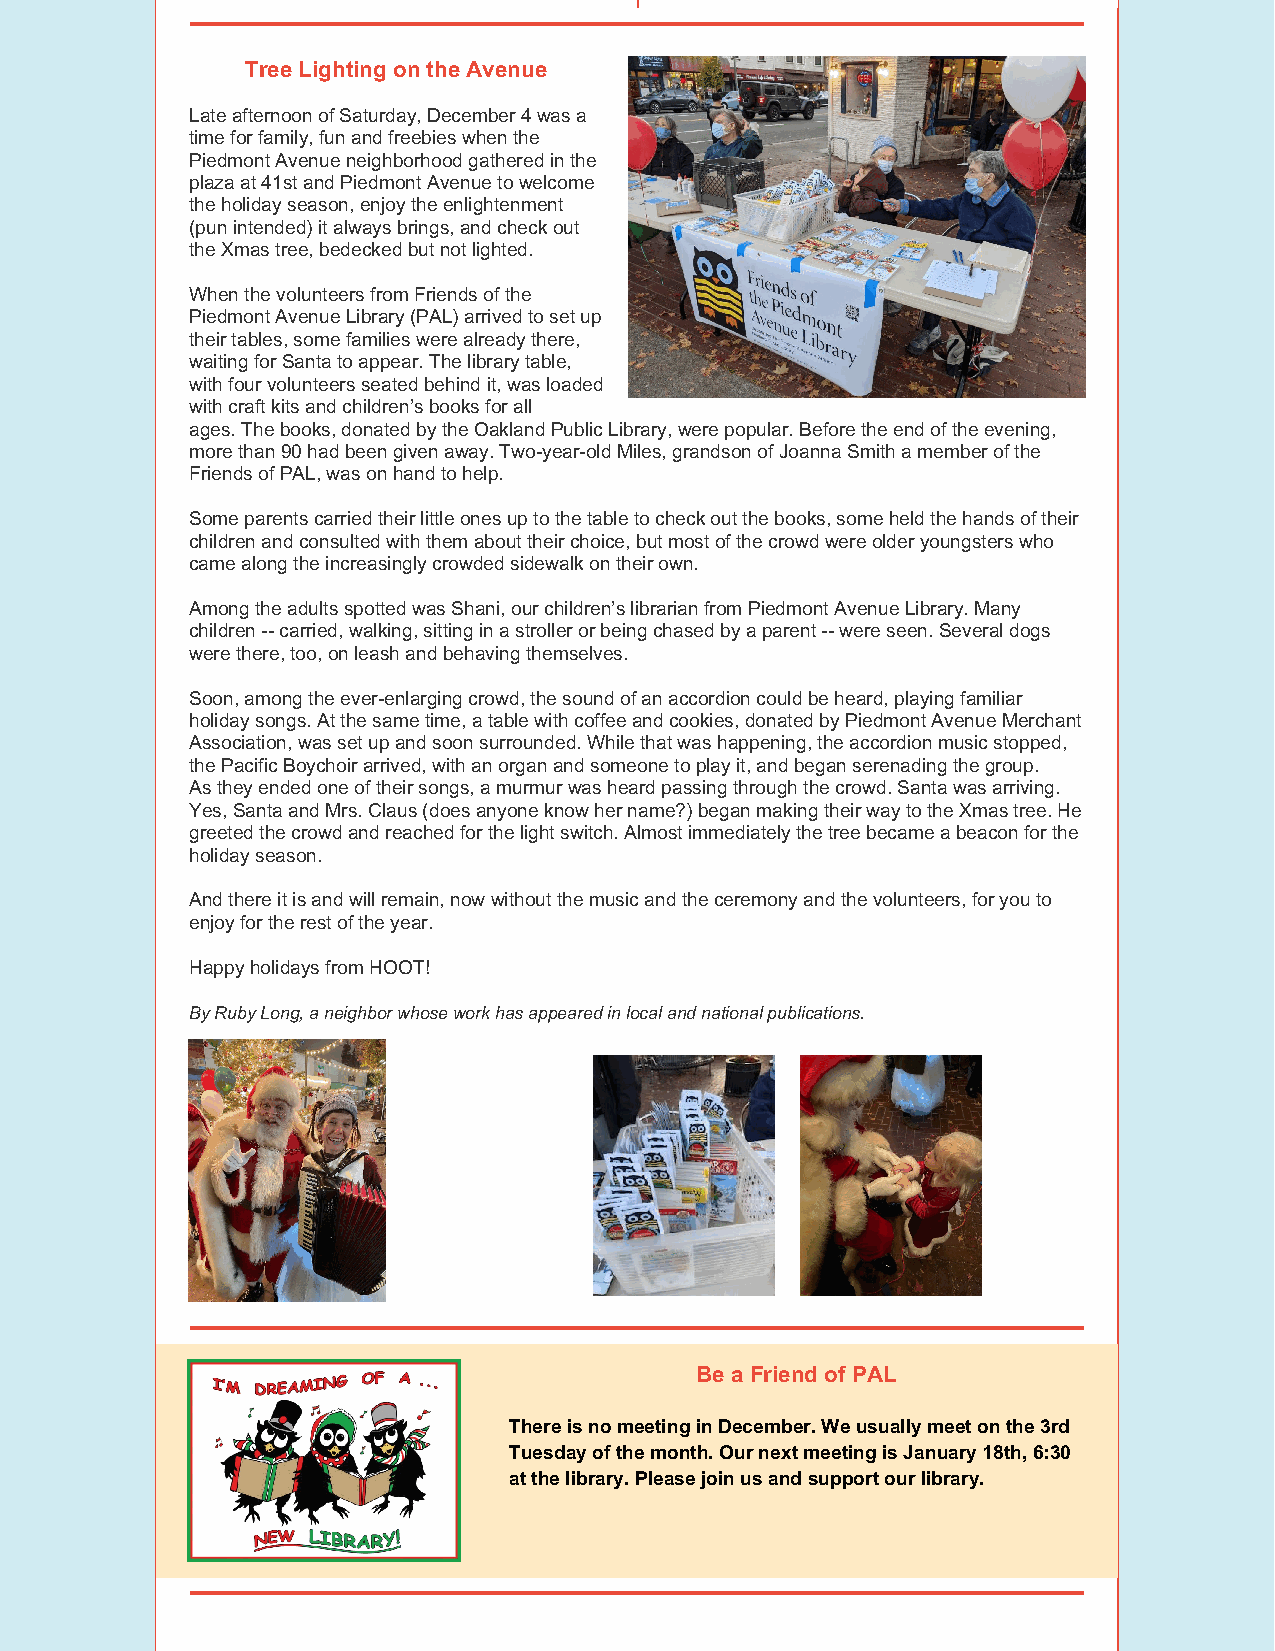
Tree Lighting on the Avenue
 Late afternoon of Saturday, December 4 was a
 time for family, fun and freebies when the
 Piedmont Avenue neighborhood gathered in the
 plaza at 41st and Piedmont Avenue to welcome
 the holiday season, enjoy the enlightenment
 (pun intended) it always brings, and check out
 the Xmas tree, bedecked but not lighted.
 When the volunteers from Friends of the
 Piedmont Avenue Library (PAL) arrived to set up
 their tables, some families were already there,
 waiting for Santa to appear. The library table,
 with four volunteers seated behind it, was loaded
 with craft kits and children’s books for all
 ages. The books, donated by the Oakland Public Library, were popular. Before the end of the evening,
 more than 90 had been given away. Two-year-old Miles, grandson of Joanna Smith a member of the
 Friends of PAL, was on hand to help.
 Some parents carried their little ones up to the table to check out the books, some held the hands of their
 children and consulted with them about their choice, but most of the crowd were older youngsters who
 came along the increasingly crowded sidewalk on their own.
 Among the adults spotted was Shani, our children’s librarian from Piedmont Avenue Library. Many
 children -- carried, walking, sitting in a stroller or being chased by a parent -- were seen. Several dogs
 were there, too, on leash and behaving themselves.
 Soon, among the ever-enlarging crowd, the sound of an accordion could be heard, playing familiar
 holiday songs. At the same time, a table with coffee and cookies, donated by Piedmont Avenue Merchant
 Association, was set up and soon surrounded. While that was happening, the accordion music stopped,
 the Pacific Boychoir arrived, with an organ and someone to play it, and began serenading the group.
 As they ended one of their songs, a murmur was heard passing through the crowd. Santa was arriving.
 Yes, Santa and Mrs. Claus (does anyone know her name?) began making their way to the Xmas tree. He
 greeted the crowd and reached for the light switch. Almost immediately the tree became a beacon for the
 holiday season.
 And there it is and will remain, now without the music and the ceremony and the volunteers, for you to
 enjoy for the rest of the year.
 Happy holidays from HOOT!
 By Ruby Long, a neighbor whose work has appeared in local and national publications.
 Be a Friend of PAL
 There is no meeting in December. We usually meet on the 3rd
 Tuesday of the month. Our next meeting is January 18th, 6:30
 at the library. Please join us and support our library.